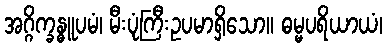
အဂ္ဂိက္ခန္ဓူပမံ၊ မီးပုံကြီးဥပမာရှိသော။ ဓမ္မပရိယာယံ၊